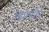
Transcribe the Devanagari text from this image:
हिमप्रदेश